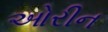
ઓરીન